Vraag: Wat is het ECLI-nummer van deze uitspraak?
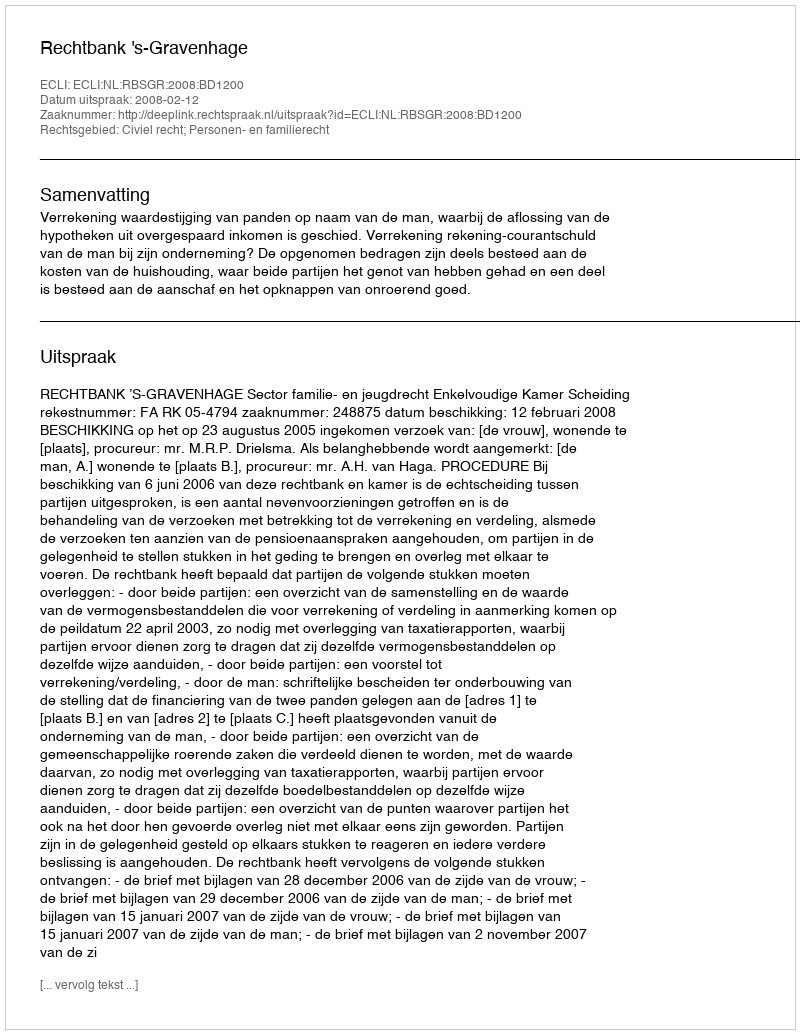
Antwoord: ECLI:NL:RBSGR:2008:BD1200